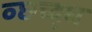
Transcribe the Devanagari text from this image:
व्छच्द्ध